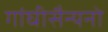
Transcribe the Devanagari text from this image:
गांघीसैन्यनो